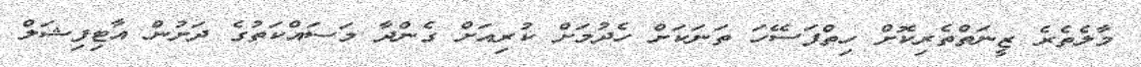
މާލެތެރެ ޒީނަތްތެރިކޮށް ހިތްފަސޭހަ ތަނަކަށް ހެދުމަށް ކުރިއަށް ގެންދާ މަސައްކަތުގެ ދަށުން އާޓިފިޝަލް